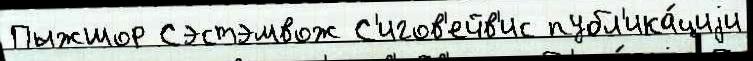
Пыжшор Сэстэмвож С'игов'ейв'ис публ'ика́циjи